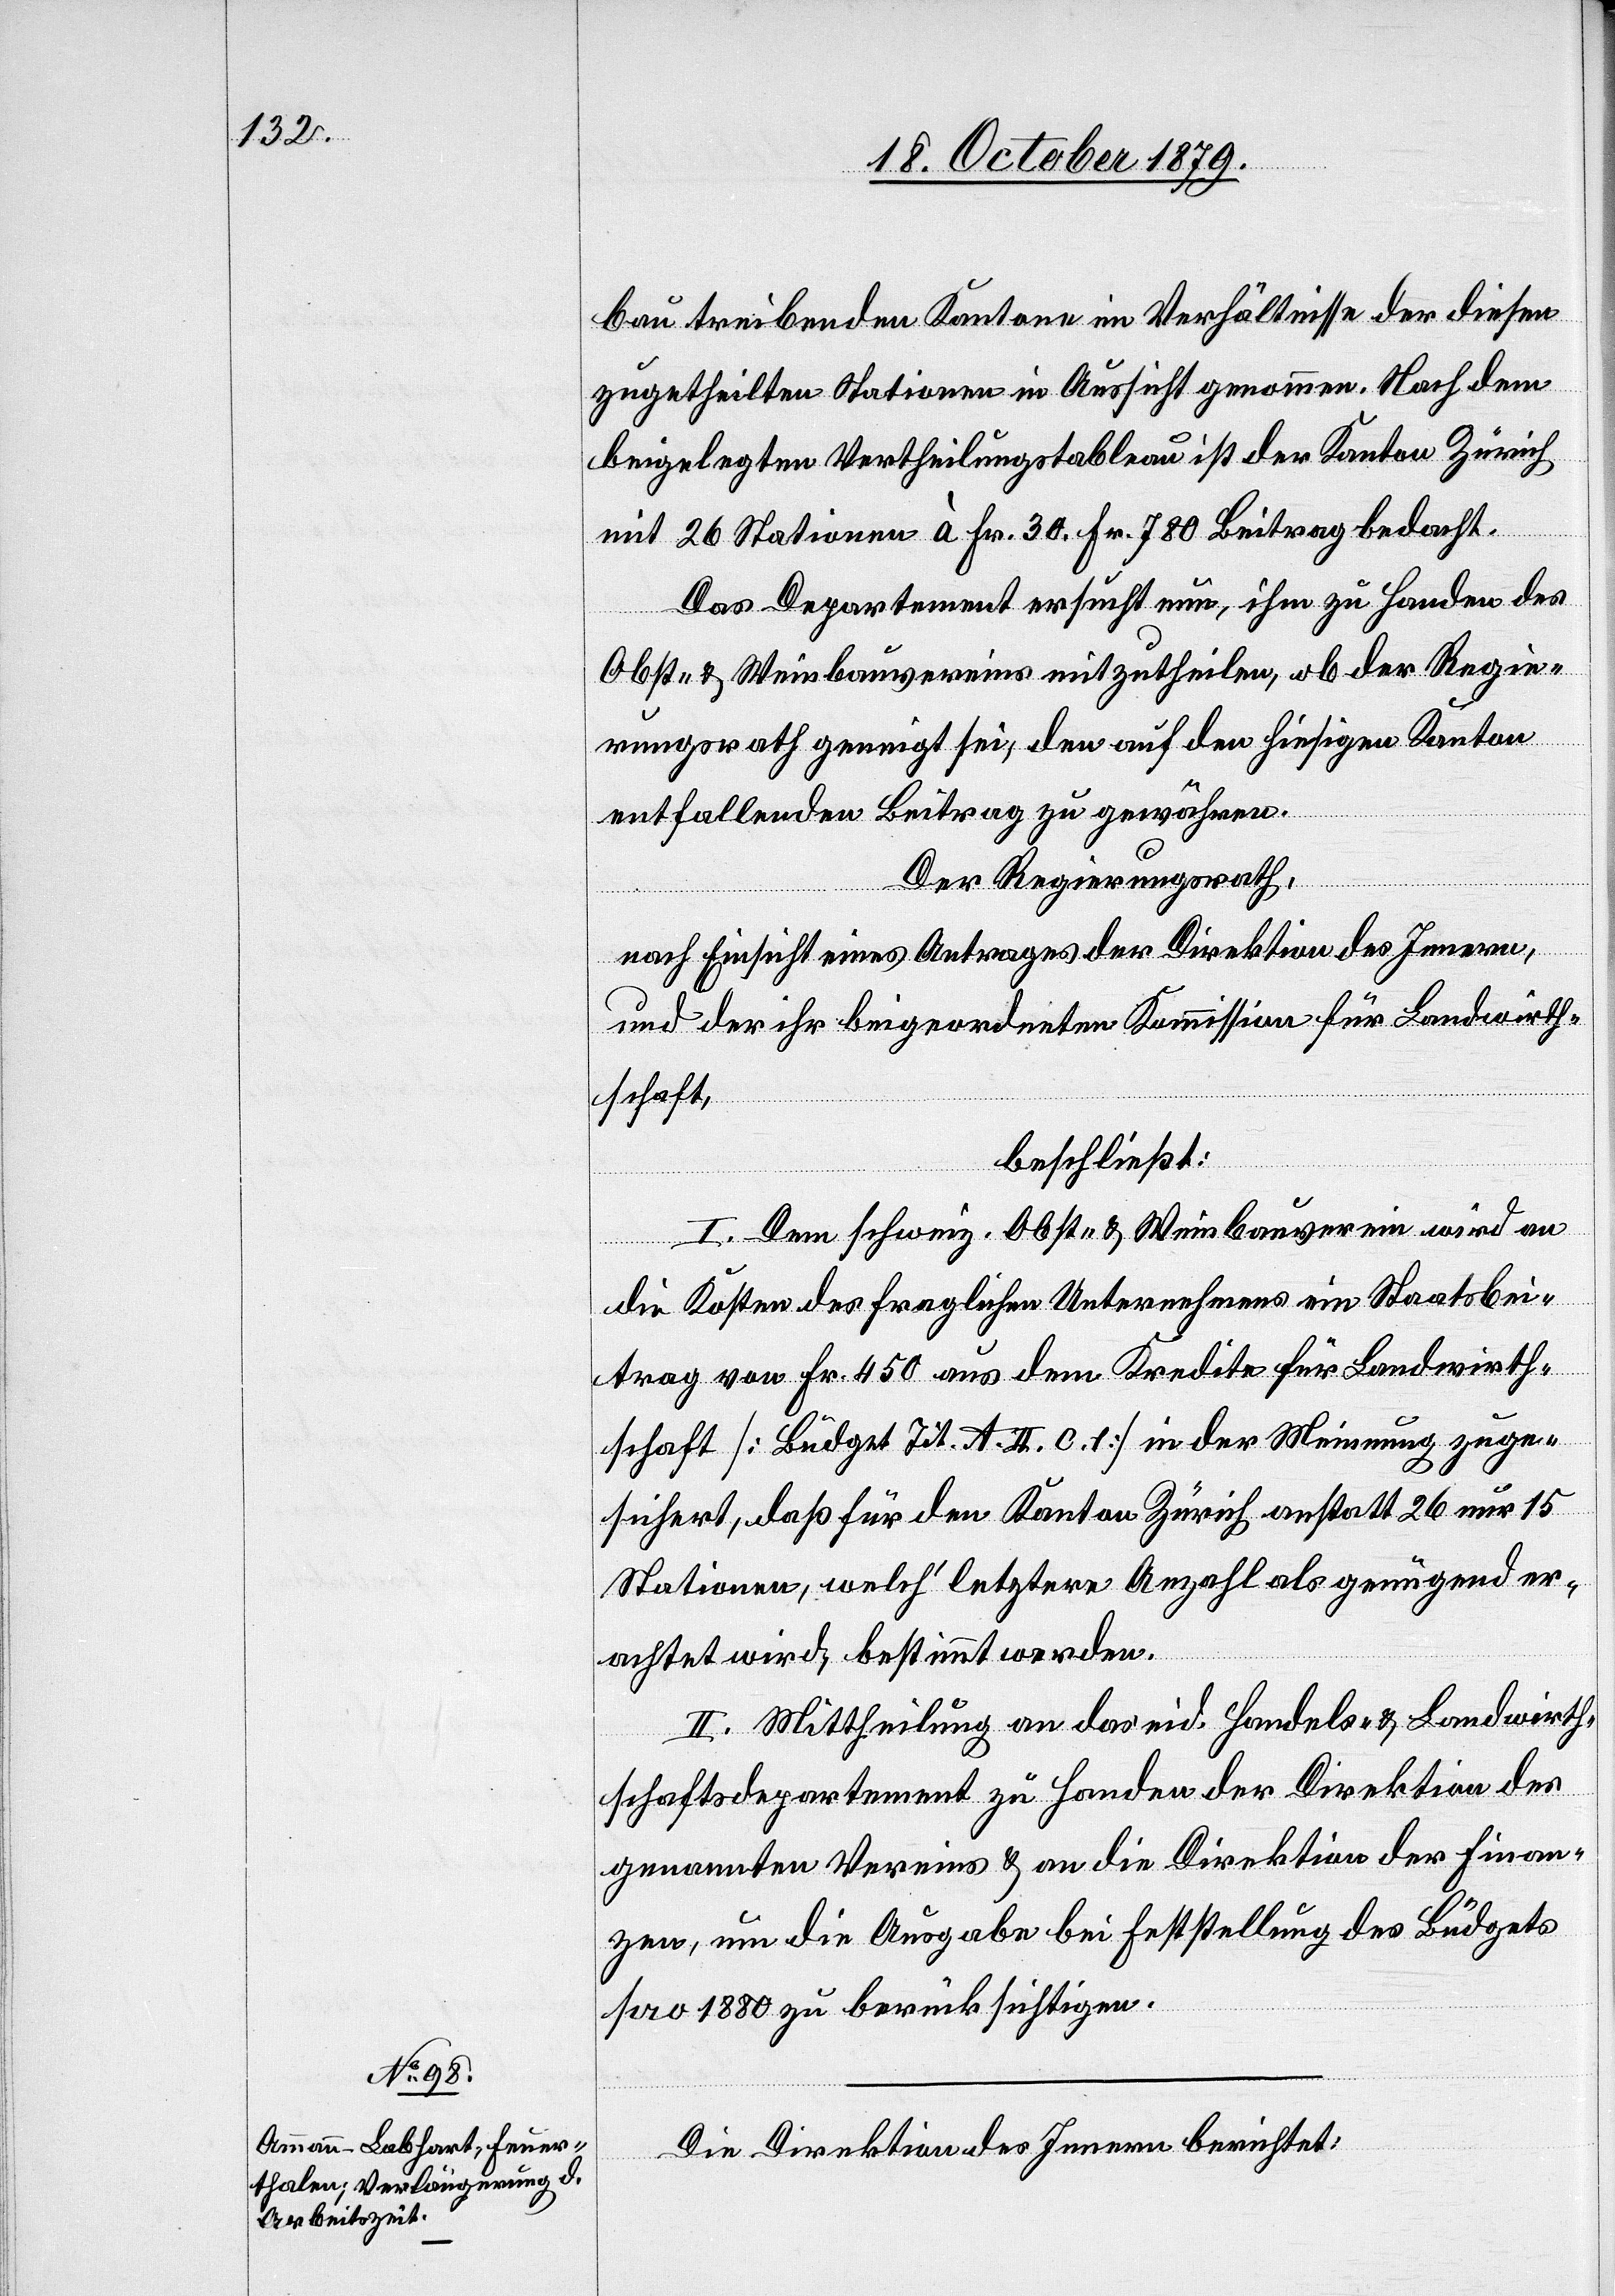
bau treibenden Kantone im Verhältnisse der diesen
zugetheilten Stationen in Aussicht genommen. Nach dem
beigelegten Vertheilungstableau ist der Kanton Zürich
mit 26 Stationen à Fr. 30. Fr. 780 Beitrag bedacht.
Das Departement ersucht nun, ihm zu Handen des
Obst- & Weinbauvereins mitzutheilen, ob der Regie¬
rungsrath geneigt sei, den auf den hiesigen Kanton
entfallenden Beitrag zu gewähren.
Der Regierungsrath,
nach Einsicht eines Antrages der Direktion des Innern,
und der ihr beigeordneten Kommission für Landwirth¬
schaft,
beschließt:
I. Dem schweiz. Obst- & Weinbauverein wird an
die Kosten des fraglichen Unternehmens ein Staatsbei¬
trag von Fr. 450 aus dem Kredite für Landwirth¬
schaft [Budget Tit. A. II. C. 1] in der Meinung zuge¬
sichert, daß für den Kanton Zürich anstatt 26 nur 15
Stationen, welch’ letztere Anzahl als genügend er¬
achtet wird, bestimmt werden.
II. Mittheilung an das eid. Handels- & Landwirth¬
schaftsdepartement zu Handen der Direktion des
genannten Vereins & an die Direktion der Finan¬
zen, um die Ausgabe bei Feststellung des Büdgets
pro 1880 zu berücksichtigen.
Die Direktion des Innern berichtet: